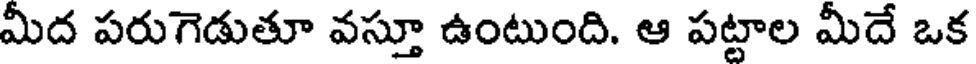
మీద పరుగెడుతూ వస్తూ ఉంటుంది. ఆ పట్టాల మీదే ఒక